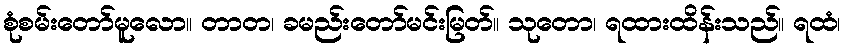
စုံစမ်းတော်မူလော။ တာတ၊ ခမည်းတော်မင်းမြတ်။ သုတော၊ ရထားထိန်းသည်။ ရထံ၊